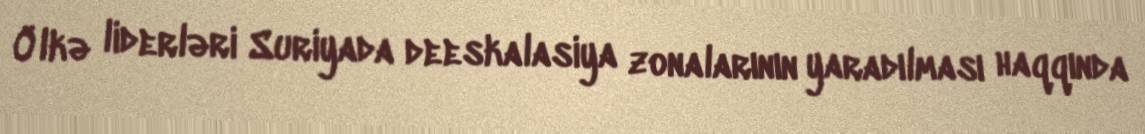
Ölkə liderləri Suriyada deeskalasiya zonalarının yaradılması haqqında